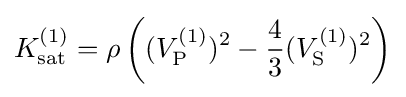
K_{\mathrm {sat} }^{(1)}=\rho \left((V_{\mathrm {P} }^{(1)})^{2}-{\frac {4}{3}}(V_{\mathrm {S} }^{(1)})^{2}\right)